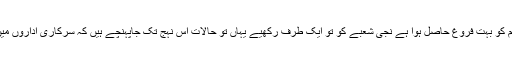
گزشتہ تین دہائیوں سے پاکستان میں ٹھیکیداری نظام کو بہت فروغ حاصل ہوا ہے نجی شعبے کو تو ایک طرف رکھیے یہاں تو حالات اس نہج تک جاپہنچے ہیں کہ سرکاری اداروں میں بھی کنٹریکٹ ملازمتوں کی وبا عام ہو چکی ہے۔